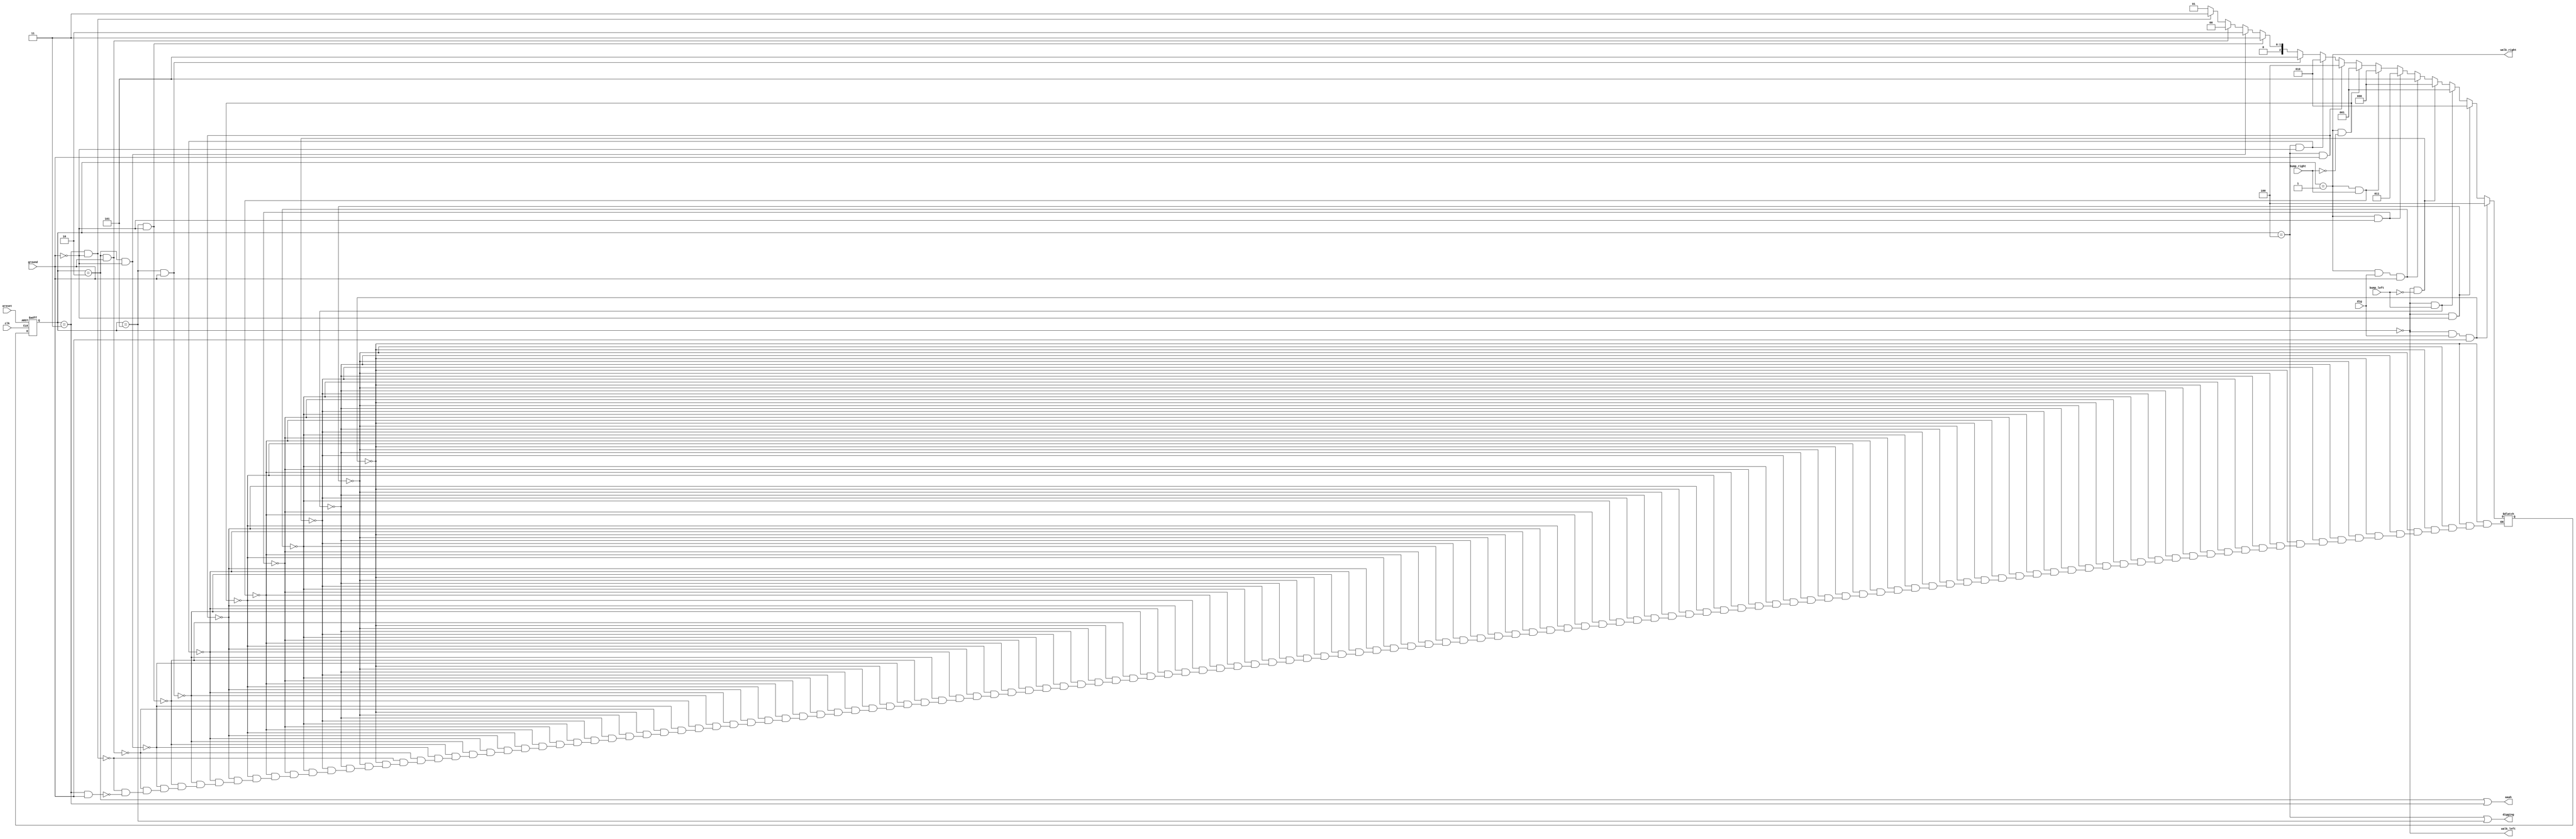
/*In addition to walking and falling, Lemmings can sometimes be told to do useful things, like dig (it starts digging when dig=1). A Lemming can dig if it is currently walking on ground (ground=1 and not falling), and will continue digging until it reaches the other side (ground=0). At that point, since there is no ground, it will fall (aaah!), then continue walking in its original direction once it hits ground again. As with falling, being bumped while digging has no effect, and being told to dig when falling or when there is no ground is ignored.

(In other words, a walking Lemming can fall, dig, or switch directions. If more than one of these conditions are satisfied, fall has higher precedence than dig, which has higher precedence than switching directions.)

Extend your finite state machine to model this behaviour.*/


module top_module(
    input clk,
    input areset,    // Freshly brainwashed Lemmings walk left.
    input bump_left,
    input bump_right,
    input ground,
    input dig,
    output walk_left,
    output walk_right,
    output aaah,
    output digging ); 
    reg [2:0]state,next_state;
    parameter wleft=3'b000;
    parameter wright=3'b001;
    parameter fleft=3'b010;
    parameter fright=3'b011;
    parameter dleft=3'b100;
    parameter dright=3'b101;
    
    always@(*)
        begin
            if(state==wleft && dig==1 && ground==1)
                next_state=dleft;
            else if(state==wleft && ground==0)
                next_state=fleft;
            else if(state==wleft && bump_left==1)
                next_state=wright;
            else if(state==wleft && bump_left==0)
                next_state=wleft;
            else if(state==wright && dig==1 && ground==1)
                next_state=dright;
            else if(state==wright && ground==0)
                next_state=fright;
            else if(state==wright && bump_right==1)
                next_state=wleft;
            else if(state==wright && bump_right==0)
                next_state=wright;
            else if(state==dleft && ground==1)
                next_state=dleft;
            else if(state==dleft && ground==0)
                next_state=fleft;
            else if(state==dright && ground==1)
                next_state=dright;
            else if(state==dright && ground==0)
                next_state=fright;
            else if(state==fleft && ground==0)
                next_state=fleft;
            else if(state==fleft && ground==1)
                next_state=wleft;
            else if(state==fright && ground==0)
                next_state=fright;
            else if(state==fright && ground==1)
                next_state=wright;
        end
    always@(posedge clk,posedge areset)
        begin
            if(areset)
                state=wleft;
            else
                state<=next_state;
        end
    assign walk_left=(state==wleft);
    assign walk_right=(state==wright);
    assign aaah=(state==fleft || state==fright);
    assign digging=(state==dleft || state==dright);
    
endmodule